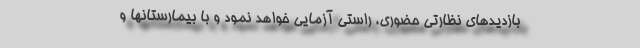
بازدیدهای نظارتی حضوری، راستی آزمایی خواهد نمود و با بیمارستانها و